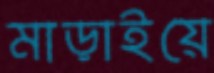
মাড়াইয়ে